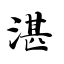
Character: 湛